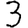
Digit: 3